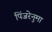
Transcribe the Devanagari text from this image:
पिंजरेनुमा